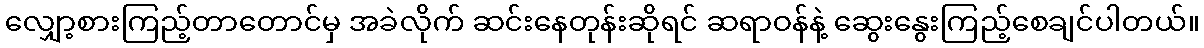
လျှော့စားကြည့်တာတောင်မှ အခဲလိုက် ဆင်းနေတုန်းဆိုရင် ဆရာဝန်နဲ့ ဆွေးနွေးကြည့်စေချင်ပါတယ်။